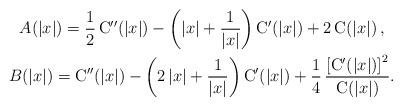
LaTeX: \begin{gather*} A(|x|) = \frac12\, \mathrm{C}''(|x|) - \left( |x| + \frac{1}{|x|} \right) \mathrm{C}'(|x|) + 2\, \mathrm{C}(|x|)\,, \\ B(|x|) = \mathrm{C}''(|x|) - \left( 2\, |x| + \frac{1}{|x|} \right) \mathrm{C}'(|x|) + \frac14\, \frac{\left[\mathrm{C}'(|x|) \right]^2}{\mathrm{C}(|x|)}.\end{gather*}